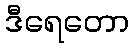
ဒီရေတော